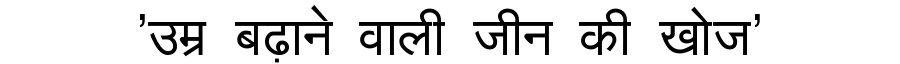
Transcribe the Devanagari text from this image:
'उम्र बढ़ाने वाली जीन की खोज'